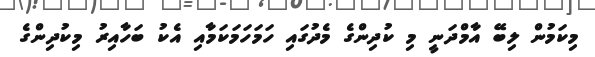
މިކަމުން ލިބޭ އާމްދަނީ މި ކުދިންގެ މެދުގައި ހަމަހަމަކަމާއި އެކު ބަހާއިރު މިކުދިންގެ